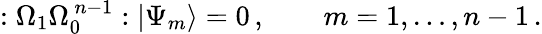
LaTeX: :\Omega_{1}\Omega_{0}^{\, n-1}:|\Psi_{m}\rangle=0\, ,\qquad m=1,\dots,n-1\, .